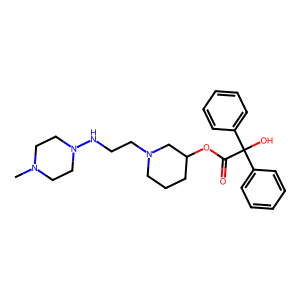
SMILES: CN1CCN(NCCN2CCCC(OC(=O)C(O)(c3ccccc3)c3ccccc3)C2)CC1
Inhibits HIV replication: No